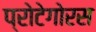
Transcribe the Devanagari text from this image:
प्रोटेगोरस